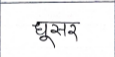
मजकूर: घुसर